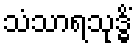
သံသာရသုဒ္ဓိံ